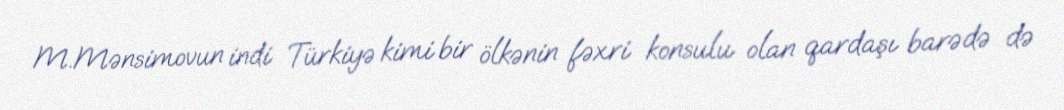
M.Mənsimovun indi Türkiyə kimi bir ölkənin fəxri konsulu olan qardaşı barədə də